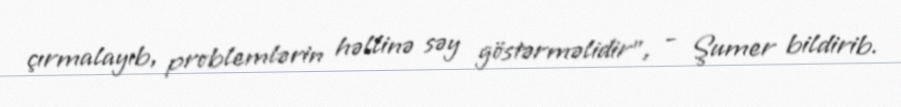
çırmalayıb, problemlərin həllinə səy göstərməlidir”, - Şumer bildirib.